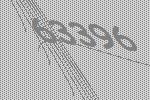
63396